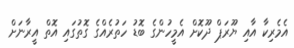
އެމެރިކާ އާއި ޔޫރަޕް ދޫކޮށް އެމީހުންގެ ބޮޑު ހަތުރެއްގެ ގޮތުގައި އޮތް އީރާނަށް